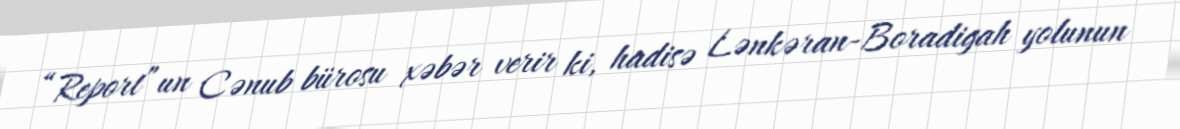
“Report”un Cənub bürosu xəbər verir ki, hadisə Lənkəran-Boradigah yolunun